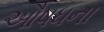
ઔષધના